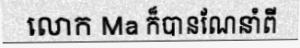
លោក Ma ក៏បានណែនាំពី